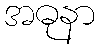
အဓုနာ